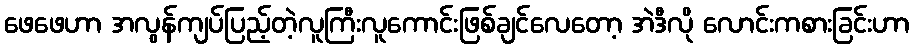
ဖေဖေဟာ အလွန်ကျပ်ပြည့်တဲ့လူကြီးလူကောင်းဖြစ်ချင်လေတော့ အဲဒီလို လောင်းကစားခြင်းဟာ